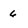
Character: 6